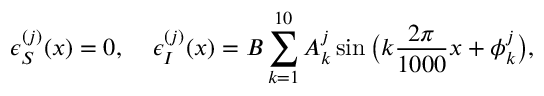
\epsilon _ { S } ^ { ( j ) } ( x ) = 0 , \; \; \; \; \epsilon _ { I } ^ { ( j ) } ( x ) = B \sum _ { k = 1 } ^ { 1 0 } A _ { k } ^ { j } \sin \big ( k \frac { 2 \pi } { 1 0 0 0 } x + \phi _ { k } ^ { j } \big ) ,